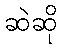
ဆဲဆို